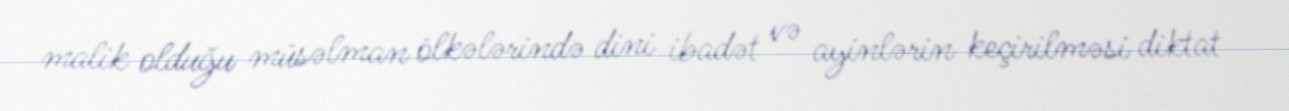
malik olduğu müsəlman ölkələrində dini ibadət və ayinlərin keçirilməsi diktat